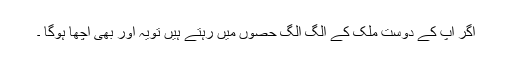
اگر آپ کے دوست ملک کے الگ الگ حصوں میں رہتے ہیں تویہ اور بھی اچھا ہوگا ۔